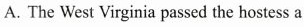
A. The West Virginia passed the hostess a